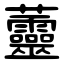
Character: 䖅